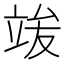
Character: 𱷦